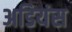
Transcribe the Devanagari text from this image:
अडियंस